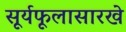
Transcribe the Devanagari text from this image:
सूर्यफूलासारखे